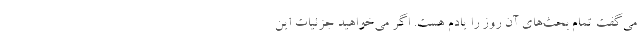
می‌گفت تمام بحث‌های آن روز را یادم هست. اگر می‌خواهید جزئیات این